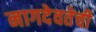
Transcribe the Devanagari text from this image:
नागदेवतेची